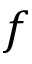
f